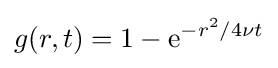
g(r,t)=1-\mathrm {e} ^{-r^{2}/4\nu t}